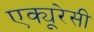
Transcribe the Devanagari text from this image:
एक्यूरेसी